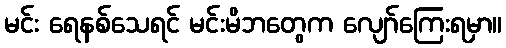
မင်း ရေနစ်သေရင် မင်းမိဘတွေက လျော်ကြေးရမှာ။